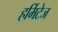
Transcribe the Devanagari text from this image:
हर्मिटेज